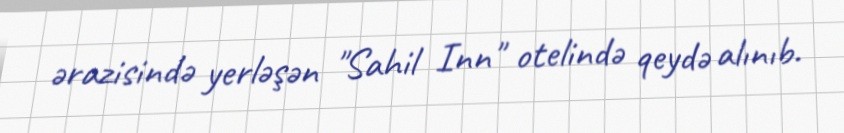
ərazisində yerləşən "Sahil Inn" otelində qeydə alınıb.